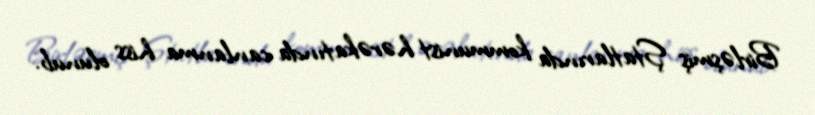
Birləşmiş Ştatlarında kommunist hərəkatında canlanma hiss olunub.